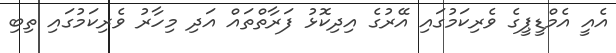
އެއީ އެމްޑީޕީގެ ވެރިކަމުގައި އޭރުގެ އިދިކޮޅު ފަރާތްތައް އަދި މިހާރު ވެރިކަމުގައި ތިބި